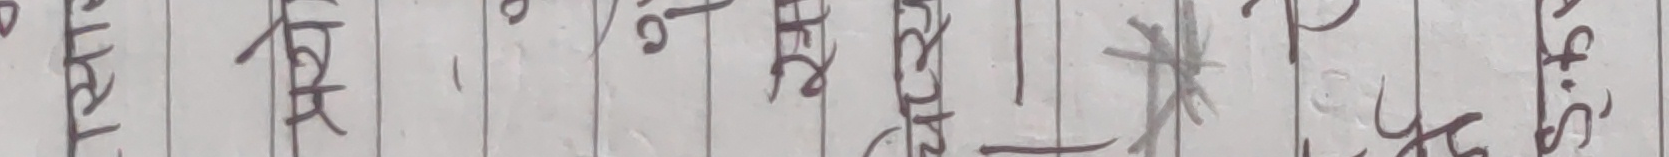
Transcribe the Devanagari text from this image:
टोटाल रजि. ८६ सैकड हजार पार्टी सा०